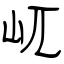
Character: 屼